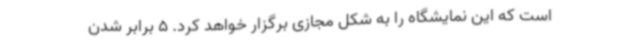
است که این نمایشگاه را به شکل مجازی برگزار خواهد کرد. 5 برابر شدن